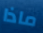
ماذا